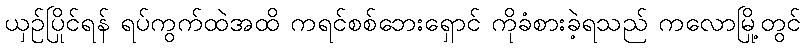
ယှဉ်ပြိုင်ရန် ရပ်ကွက်ထဲအထိ ကရင်စစ်ဘေးရှောင် ကိုခံစားခဲ့ရသည် ကလောမြို့တွင်